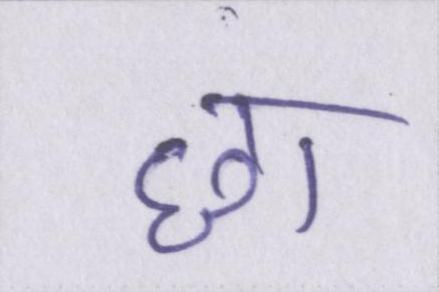
छा